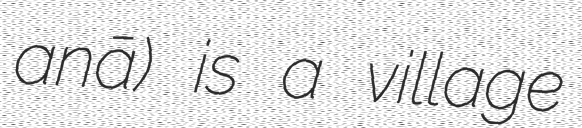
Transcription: Ḩanā) is a village